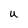
Character: U